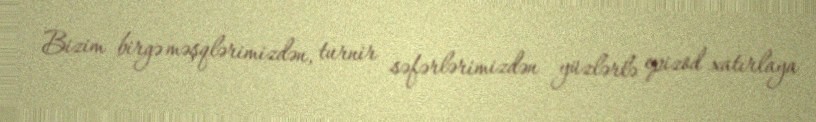
Bizim birgə məşqlərimizdən, turnir səfərlərimizdən yüzlərlə epizod xatırlaya